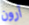
آرون